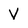
Character: V